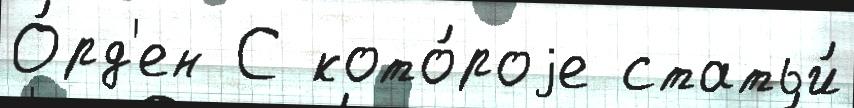
О́рд'ен С кото́роjе статьи́